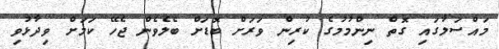
މައްސަލާގައި ގޮތް ނިންމުމުގެ ކުރިން ވަރަށް ބޮޑަށް ބެލެވެން ޖެހޭ ކަަމަށް ވިދާޅުވި